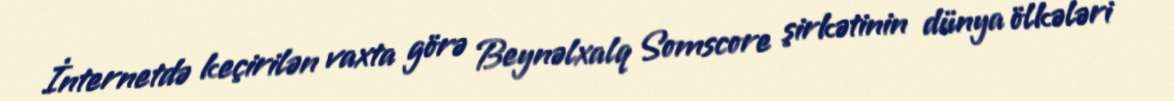
İnternetdə keçirilən vaxta görə Beynəlxalq Somscore şirkətinin dünya ölkələri